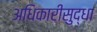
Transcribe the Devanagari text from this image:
अधिकारीसुद्धा